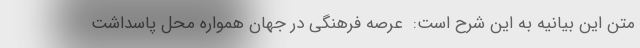
متن این بیانیه به این شرح است:  عرصه فرهنگي در جهان همواره محل پاسداشت